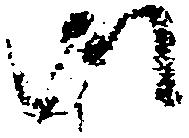
御